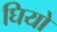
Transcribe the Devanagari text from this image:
घियो